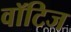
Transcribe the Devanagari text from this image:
वॉटिज